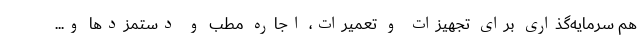
هم سرمایه‌گذاری برای تجهیزات و تعمیرات، اجاره مطب و دستمزدها و...